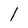
Character: l